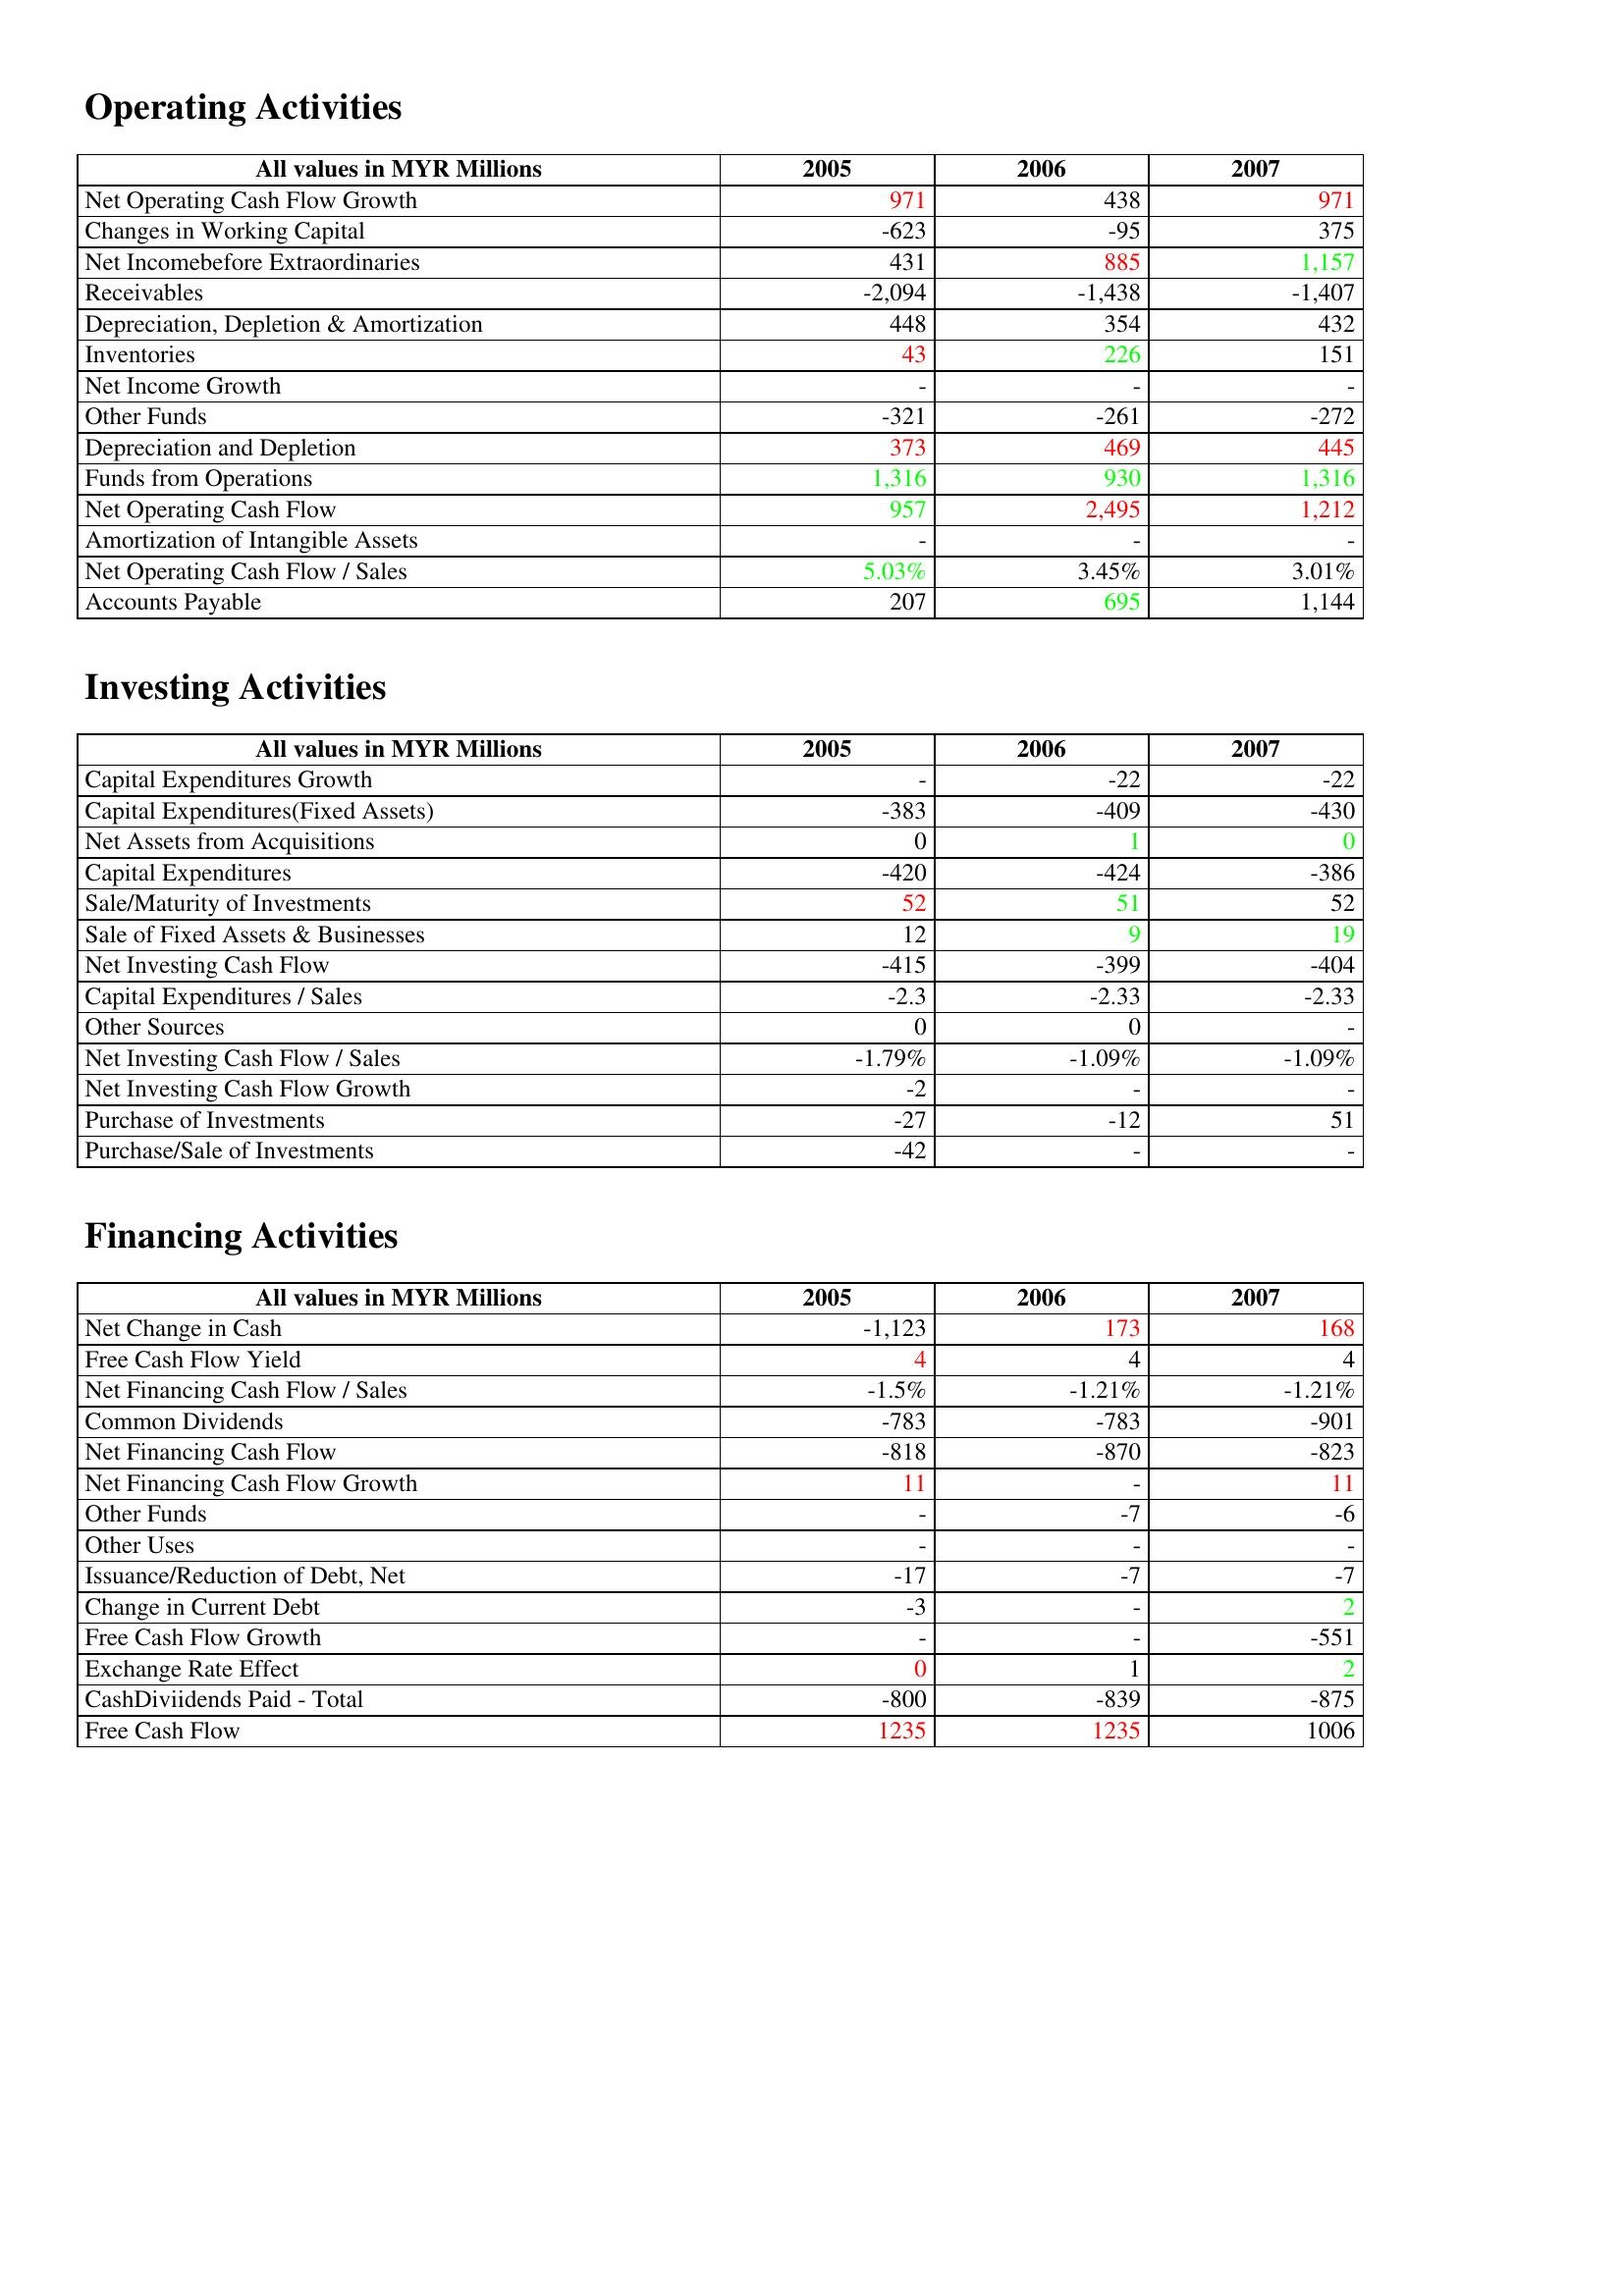
gt_parse: 2005: Operating Activities: Net Operating Cash Flow Growth: 971
Changes in Working Capital: -623
Net Incomebefore Extraordinaries: 431
Receivables: -2,094
Depreciation, Depletion & Amortization: 448
Inventories: 43
Net Income Growth: -
Other Funds: -321
Depreciation and Depletion: 373
Funds from Operations: 1,316
Net Operating Cash Flow: 957
Amortization of Intangible Assets: -
Net Operating Cash Flow / Sales: 5.03%
Accounts Payable: 207
Investing Activities: Capital Expenditures Growth: -
Capital Expenditures(Fixed Assets): -383
Net Assets from Acquisitions: 0
Capital Expenditures: -420
Sale/Maturity of Investments: 52
Sale of Fixed Assets & Businesses: 12
Net Investing Cash Flow: -415
Capital Expenditures / Sales: -2.3
Other Sources: 0
Net Investing Cash Flow / Sales: -1.79%
Net Investing Cash Flow Growth: -2
Purchase of Investments: -27
Purchase/Sale of Investments: -42
Financing Activities: Net Change in Cash: -1,123
Free Cash Flow Yield: 4
Net Financing Cash Flow / Sales: -1.5%
Common Dividends: -783
Net Financing Cash Flow: -818
Net Financing Cash Flow Growth: 11
Other Funds: -
Other Uses: -
Issuance/Reduction of Debt, Net: -17
Change in Current Debt: -3
Free Cash Flow Growth: -
Exchange Rate Effect: 0
CashDiviidends Paid - Total: -800
Free Cash Flow: 1235
2006: Operating Activities: Net Operating Cash Flow Growth: 438
Changes in Working Capital: -95
Net Incomebefore Extraordinaries: 885
Receivables: -1,438
Depreciation, Depletion & Amortization: 354
Inventories: 226
Net Income Growth: -
Other Funds: -261
Depreciation and Depletion: 469
Funds from Operations: 930
Net Operating Cash Flow: 2,495
Amortization of Intangible Assets: -
Net Operating Cash Flow / Sales: 3.45%
Accounts Payable: 695
Investing Activities: Capital Expenditures Growth: -22
Capital Expenditures(Fixed Assets): -409
Net Assets from Acquisitions: 1
Capital Expenditures: -424
Sale/Maturity of Investments: 51
Sale of Fixed Assets & Businesses: 9
Net Investing Cash Flow: -399
Capital Expenditures / Sales: -2.33
Other Sources: 0
Net Investing Cash Flow / Sales: -1.09%
Net Investing Cash Flow Growth: -
Purchase of Investments: -12
Purchase/Sale of Investments: -
Financing Activities: Net Change in Cash: 173
Free Cash Flow Yield: 4
Net Financing Cash Flow / Sales: -1.21%
Common Dividends: -783
Net Financing Cash Flow: -870
Net Financing Cash Flow Growth: -
Other Funds: -7
Other Uses: -
Issuance/Reduction of Debt, Net: -7
Change in Current Debt: -
Free Cash Flow Growth: -
Exchange Rate Effect: 1
CashDiviidends Paid - Total: -839
Free Cash Flow: 1235
2007: Operating Activities: Net Operating Cash Flow Growth: 971
Changes in Working Capital: 375
Net Incomebefore Extraordinaries: 1,157
Receivables: -1,407
Depreciation, Depletion & Amortization: 432
Inventories: 151
Net Income Growth: -
Other Funds: -272
Depreciation and Depletion: 445
Funds from Operations: 1,316
Net Operating Cash Flow: 1,212
Amortization of Intangible Assets: -
Net Operating Cash Flow / Sales: 3.01%
Accounts Payable: 1,144
Investing Activities: Capital Expenditures Growth: -22
Capital Expenditures(Fixed Assets): -430
Net Assets from Acquisitions: 0
Capital Expenditures: -386
Sale/Maturity of Investments: 52
Sale of Fixed Assets & Businesses: 19
Net Investing Cash Flow: -404
Capital Expenditures / Sales: -2.33
Other Sources: -
Net Investing Cash Flow / Sales: -1.09%
Net Investing Cash Flow Growth: -
Purchase of Investments: 51
Purchase/Sale of Investments: -
Financing Activities: Net Change in Cash: 168
Free Cash Flow Yield: 4
Net Financing Cash Flow / Sales: -1.21%
Common Dividends: -901
Net Financing Cash Flow: -823
Net Financing Cash Flow Growth: 11
Other Funds: -6
Other Uses: -
Issuance/Reduction of Debt, Net: -7
Change in Current Debt: 2
Free Cash Flow Growth: -551
Exchange Rate Effect: 2
CashDiviidends Paid - Total: -875
Free Cash Flow: 1006